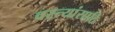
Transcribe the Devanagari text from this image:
वस्त्यांसाठि